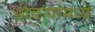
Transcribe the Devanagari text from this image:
ओवर्‍यांमध्ये